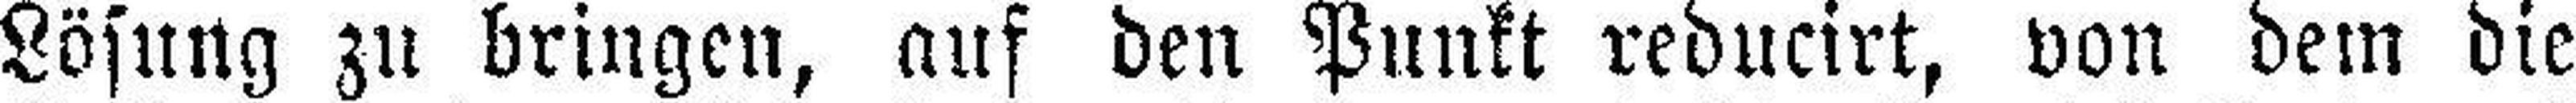
Lösung zu bringen, auf den Punkt reducirt, von dem die